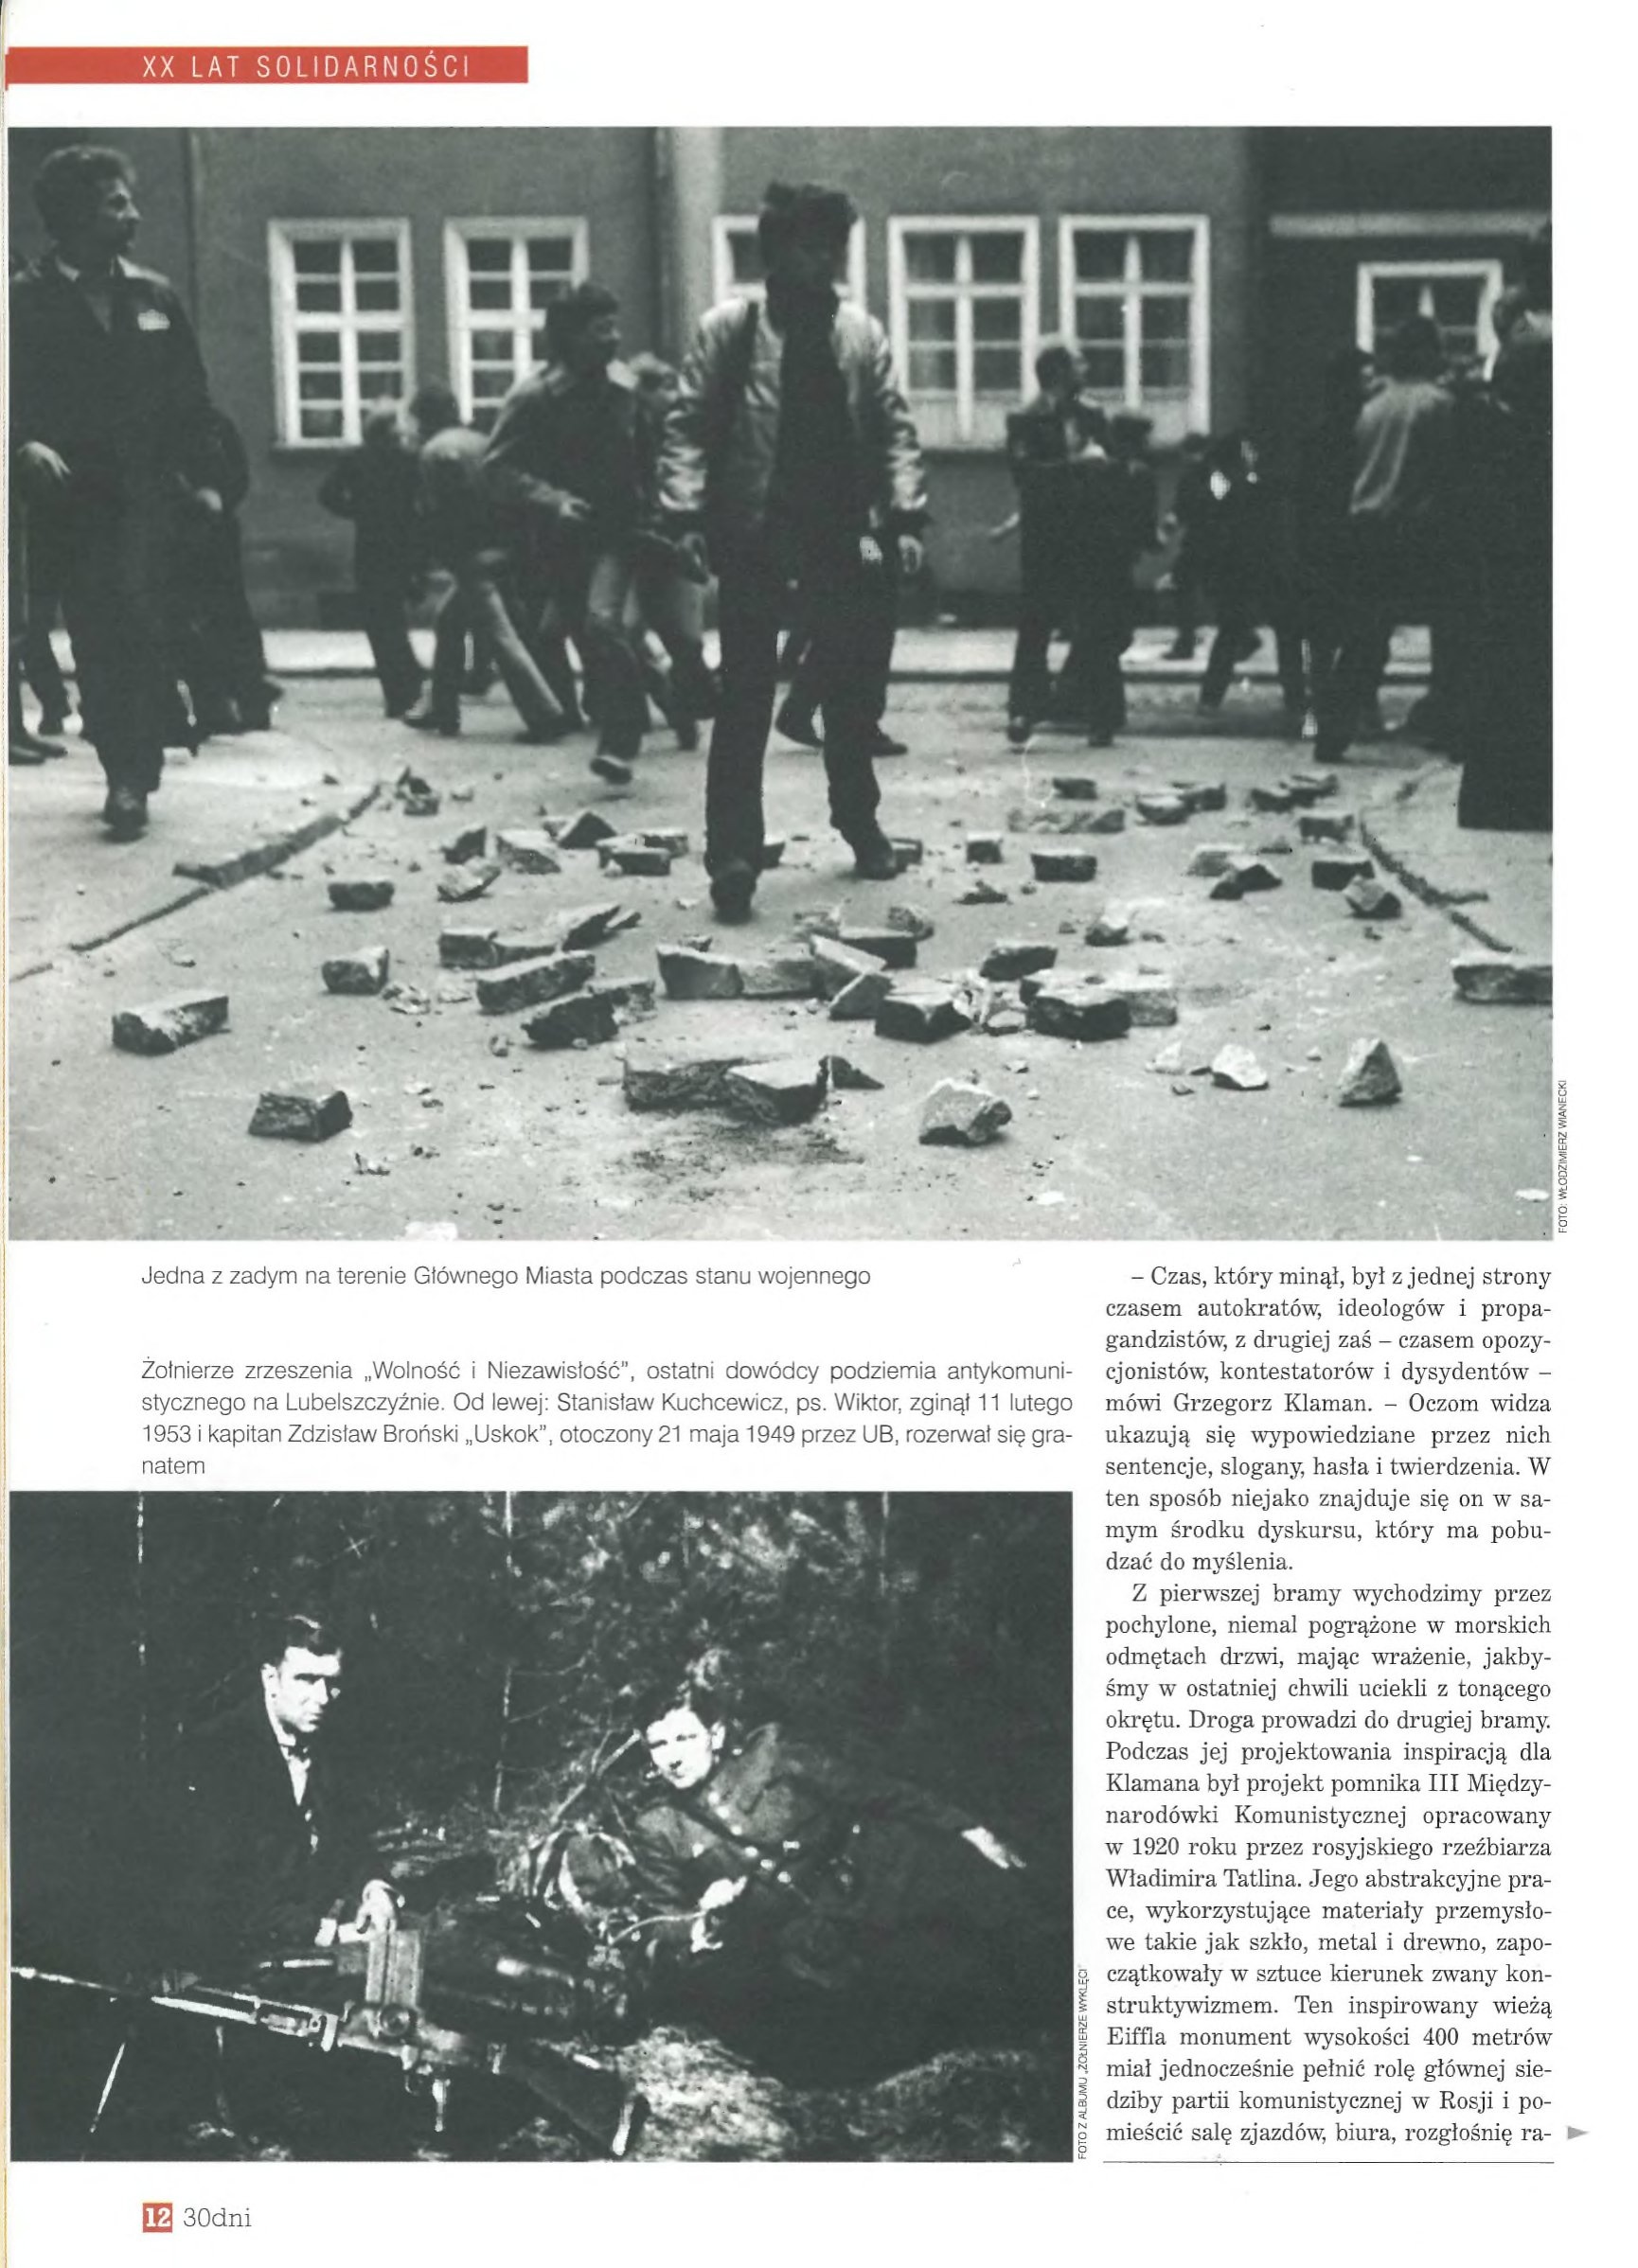
Language: pl